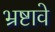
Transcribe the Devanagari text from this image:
भ्रष्टावे